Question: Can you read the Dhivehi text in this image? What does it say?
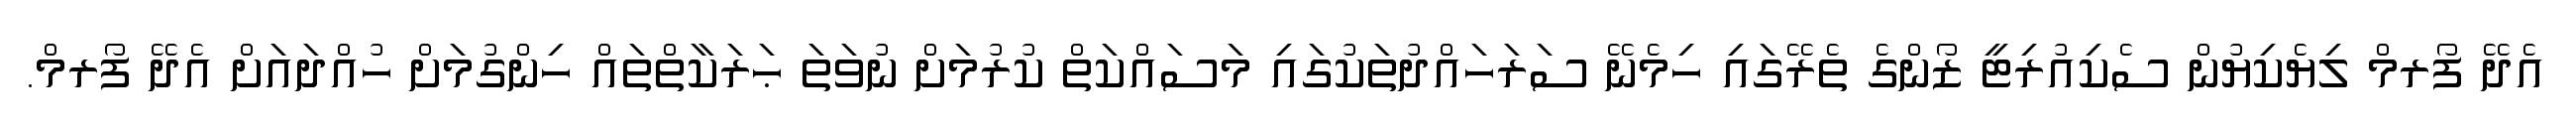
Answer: އެދޭ ފޯރމް ލިޔެކިޔުން ސެކިއުރިޓީ ޒޯންގެ ތެރޭގައި ހިމެނޭ ސަރަހައްދުތަކުގައި މަސައްކަތް ކުރުމަށް ނުވަތަ ޙަރަކާތްތައް ހިންގުމަށް ހުއްދައަށް އެދޭ ފޯރމް.